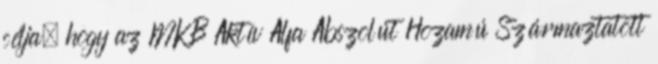
célja, hogy az MKB Aktív Alfa Abszolút Hozamú Származtatott